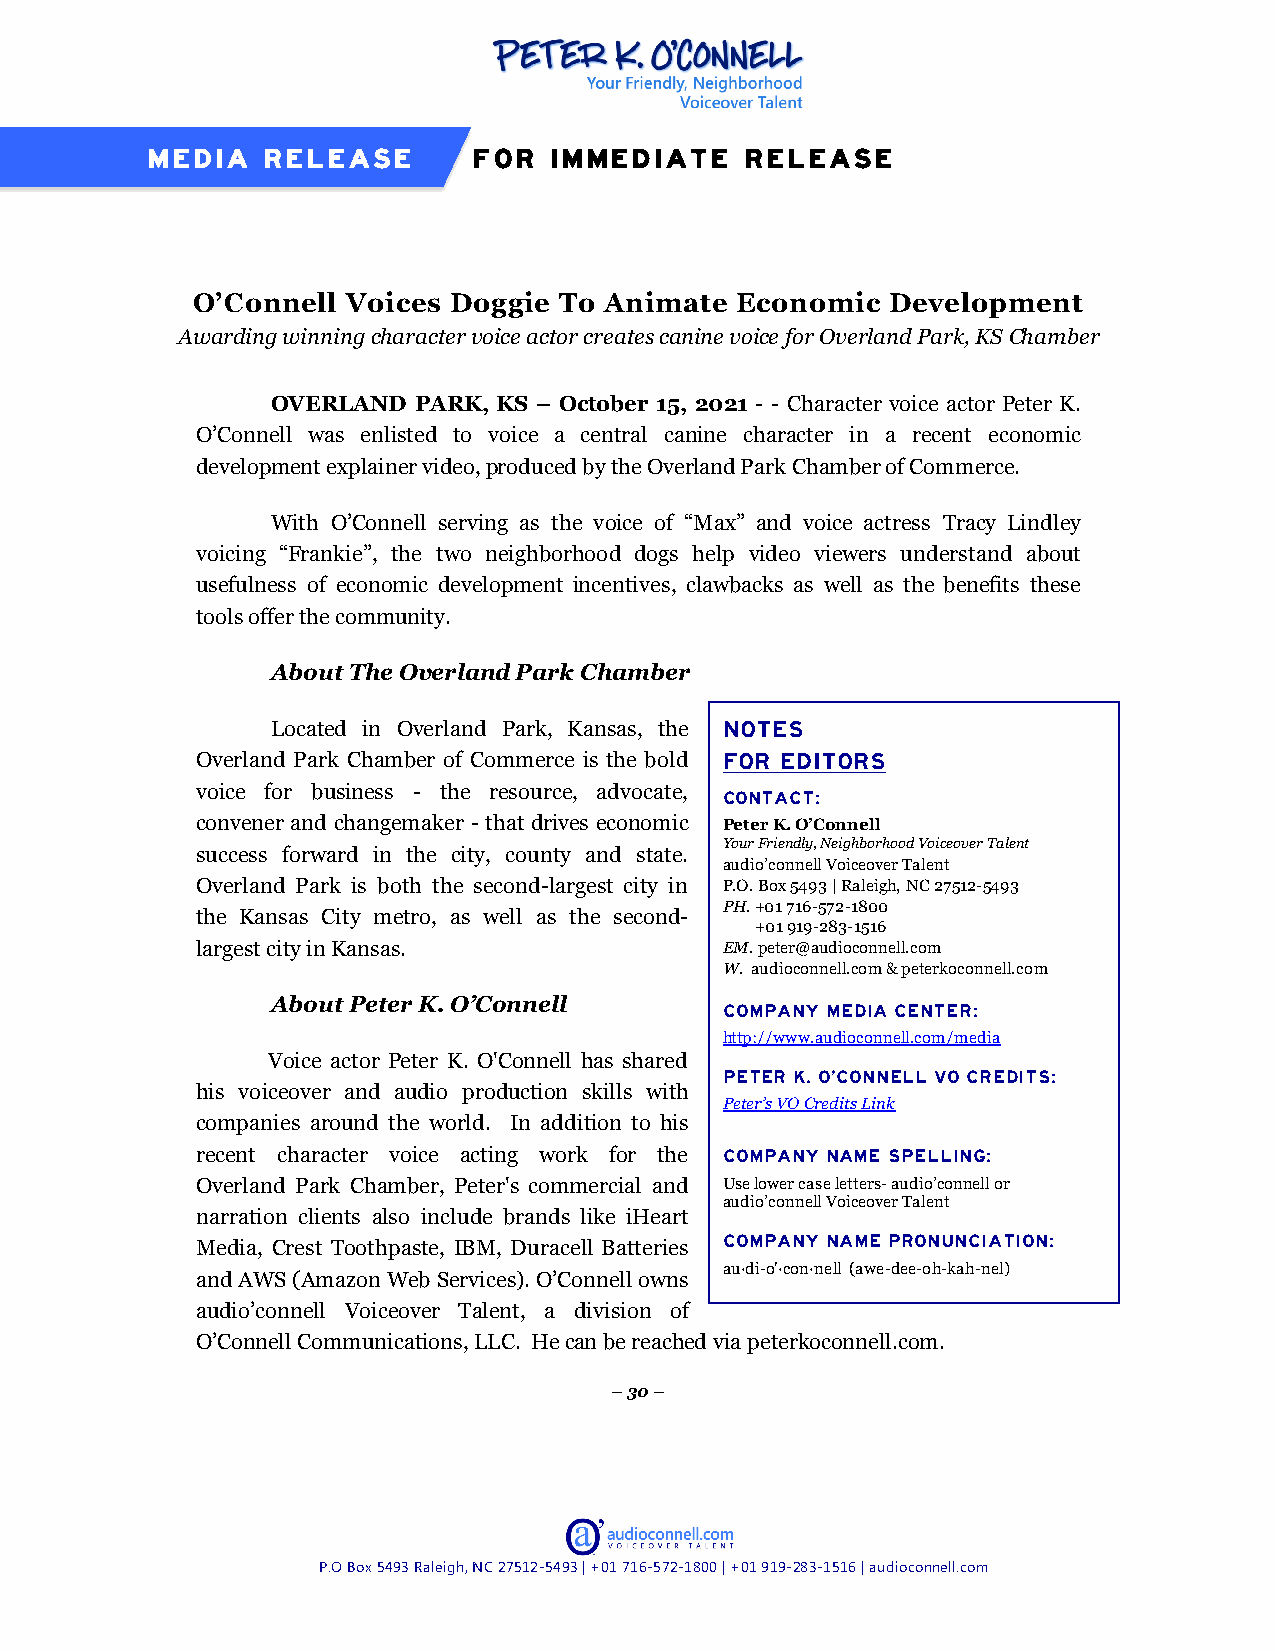
MEDIA  RELEASE       FOR  IMMEDIATE    RELEASE
 O’Connell Voices Doggie To Animate  Economic  Development
 Awarding winning character voice actor creates canine voice for Overland Park, KS Chamber
 OVERLAND PARK, KS – October 15, 2021 - - Character voice actor Peter K.
 O’Connell was enlisted to voice a central canine character in a recent economic
 development explainer video, produced by the Overland Park Chamber of Commerce.
 With O’Connell serving as the voice of “Max” and voice actress Tracy Lindley
 voicing “Frankie”, the two neighborhood dogs help video viewers understand about
 usefulness of economic development incentives, clawbacks as well as the benefits these
 tools offer the community.
 About The Overland Park Chamber
 Located in Overland Park, Kansas, the NOTES
 Overland Park Chamber of Commerce is the bold FOR EDITORS
 voice for business - the resource, advocate,
 CONTACT:
 convener and changemaker - that drives economic Peter K. O’Connell
 Your Friendly, Neighborhood Voiceover Talent
 success forward in the city, county and state.
 audio’connell Voiceover Talent
 Overland Park is both the second-largest city in P.O. Box 5493 | Raleigh, NC 27512-5493
 PH. +01 716-572-1800
 the Kansas City metro, as well as the second-
 +01 919-283-1516
 largest city in Kansas.            EM. peter@audioconnell.com
 W. audioconnell.com & peterkoconnell.com
 About Peter K. O’Connell
 COMPANY MEDIA CENTER:
 http://www.audioconnell.com/media
 Voice actor Peter K. O'Connell has shared
 PETER K. O’CONNELL VO CREDITS:
 his voiceover and audio production skills with
 Peter’s VO Credits Link
 companies around the world. In addition to his
 recent character voice acting work for the COMPANY NAME SPELLING:
 Overland Park Chamber, Peter's commercial and Use lower case letters- audio’connell or
 audio’connell Voiceover Talent
 narration clients also include brands like iHeart
 Media, Crest Toothpaste, IBM, Duracell Batteries COMPANY NAME PRONUNCIATION:
 au·di-o'·con·nell (awe-dee-oh-kah-nel)
 and AWS (Amazon Web Services). O’Connell owns
 audio’connell Voiceover Talent, a division of
 O’Connell Communications, LLC. He can be reached via peterkoconnell.com.
 – 30 –
 P.O Box 5493 Raleigh, NC 27512-5493 | +01 71 6-572-1800 | +01 919-283-1516 | audioconnell.com